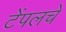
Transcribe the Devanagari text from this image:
टेंपलचे